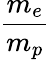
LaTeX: \frac{m_{e}}{m_{p}}